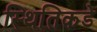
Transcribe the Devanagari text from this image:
स्थितिकडे